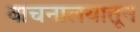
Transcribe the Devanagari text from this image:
वाचनालयातून